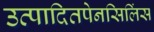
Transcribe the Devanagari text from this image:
उत्पादितपेनसिलिंस